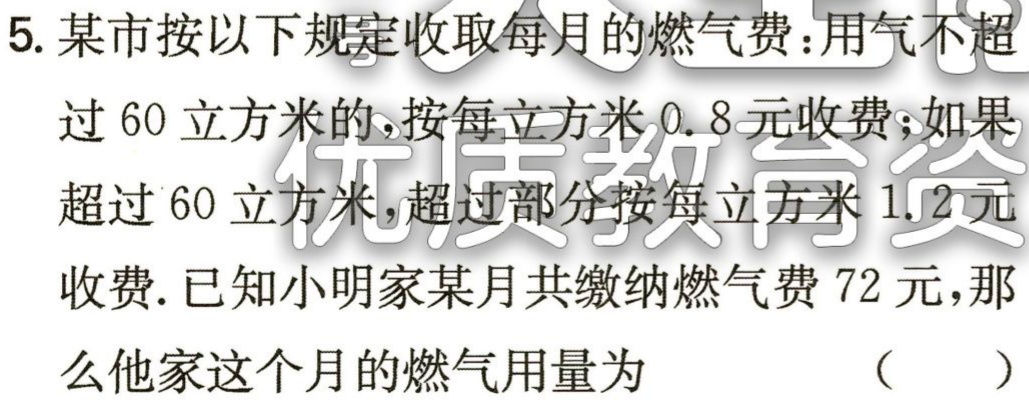
5. 某市按以下规定收取每月的燃气费：用气不超

过 60 立方米的，按每立方米 0.8 元收费；如果

超过 60 立方米，超过部分按每立方米 1.2 元

收费. 已知小明家某月共缴纳燃气费 72 元，那

么他家这个月的燃气用量为 （  ）